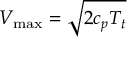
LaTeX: V _ { \mathrm { m a x } } = { \sqrt { 2 c _ { p } T _ { t } } }